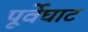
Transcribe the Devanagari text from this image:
पूर्वेघाट